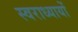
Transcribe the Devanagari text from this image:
स्वराध्यायों